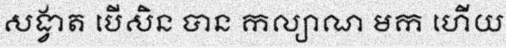
សង្វាត បើសិន បាន កល្យាណ មក ហើយ